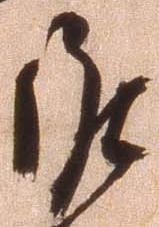
候